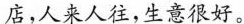
店，人来人往，生意很好。